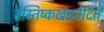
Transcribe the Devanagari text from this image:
सम्तिष्कखंडछेदित